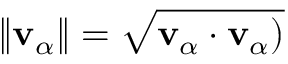
\| \mathbf { v } _ { \alpha } \| = \sqrt { \mathbf { v } _ { \alpha } \cdot \mathbf { v } _ { \alpha } ) }